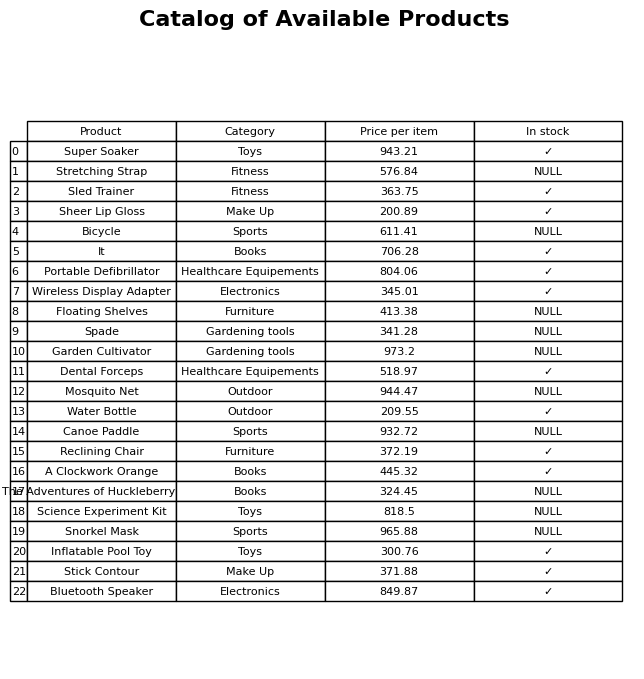
question: What category does the A Clockwork Orange belong to?
answer: Books